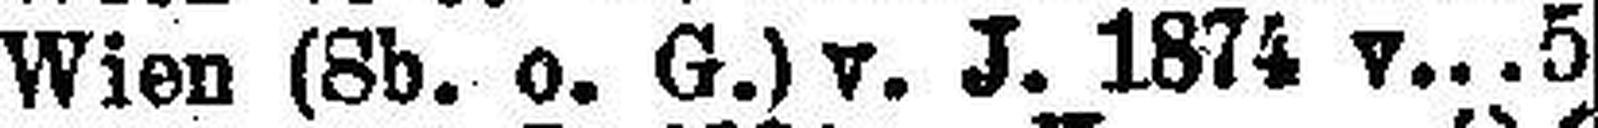
Wien (8b. o. G.)v. J. 1874 v. 5